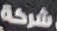
شركة